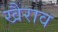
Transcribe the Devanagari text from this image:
खैराव